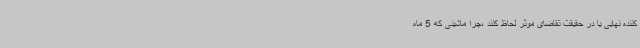
کننده نهایی یا در حقیقت تقاضای موثر لحاظ کنند ،چرا ماشینی که 5 ماه